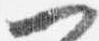
一